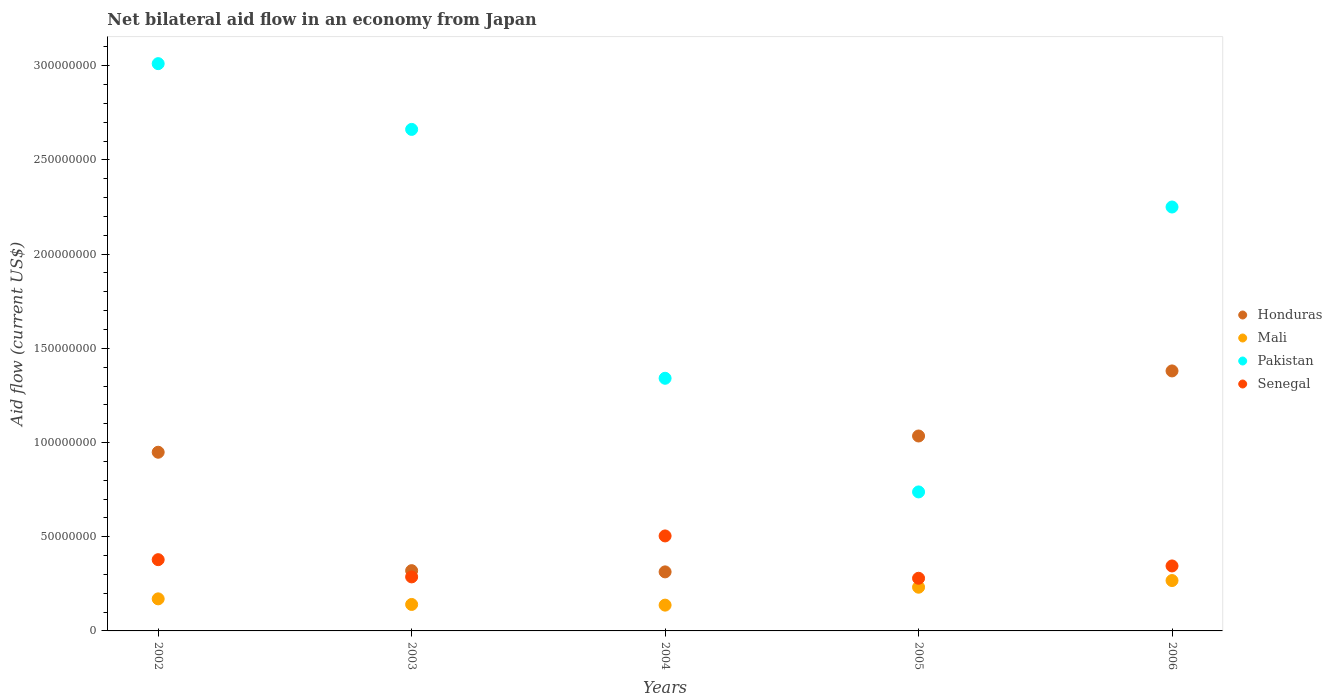
| Years | Honduras | Mali | Pakistan | Senegal |
 | --- | --- | --- | --- | --- |
 | 2002 | 9.48e+07 | 1.7e+07 | 3.01e+08 | 3.78e+07 |
 | 2003 | 3.2e+07 | 1.40e+07 | 2.66e+08 | 2.87e+07 |
 | 2004 | 3.13e+07 | 1.37e+07 | 1.34e+08 | 5.04e+07 |
 | 2005 | 1.03e+08 | 2.32e+07 | 7.38e+07 | 2.8e+07 |
 | 2006 | 1.38e+08 | 2.67e+07 | 2.25e+08 | 3.45e+07 |